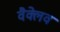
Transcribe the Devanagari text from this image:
वैक्लेव